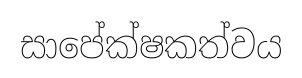
සාපේක්ෂකත්වය